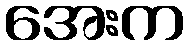
အေးက